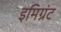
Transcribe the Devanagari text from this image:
इमिग्रंट